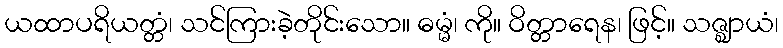
ယထာပရိယတ္တံ၊ သင်ကြားခဲ့တိုင်းသော။ ဓမ္မံ၊ ကို။ ဝိတ္တာရေန၊ ဖြင့်။ သဇ္ဈာယံ၊